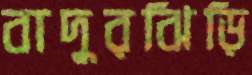
বাদুরঝিড়ি